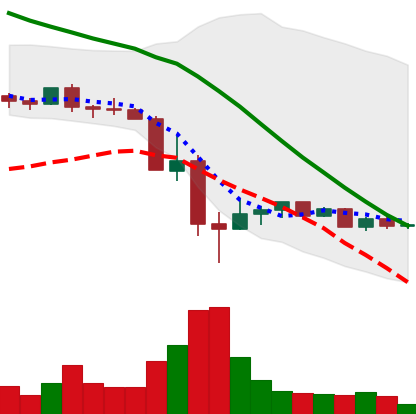
Ticker: DOGE-USD
Chart end date: 2022-05-21
Forward return: -7.353%
Label: down_7plus